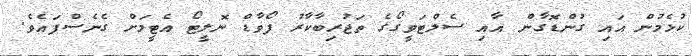
ކުޅެމުން އައި ގުންޑޮގާން އާއި ސެލްޓަވީގޯގެ ތަޖުރިބާކާރު ފޯވާޑް ނޮލީޓޯ އެޓީމަށް ގެނެސްފައެވެ.